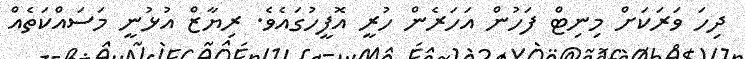
ދިހަ ވަރަކަށް މިނިޓް ފަހުން އަހަރެން ހުރީ އޮފީހުގައެވެ. ރިޔާޒް އުޅުނީ މަސައްކަތެއް